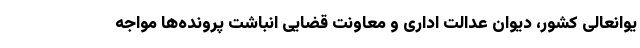
یوانعالی کشور، دیوان عدالت اداری و معاونت قضایی انباشت پرونده‌ها مواجه